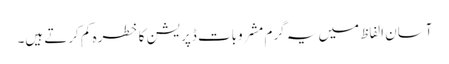
آسان الفاظ میں یہ گرم مشروبات ڈپریشن کا خطرہ کم کرتے ہیں۔